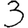
Digit: 3